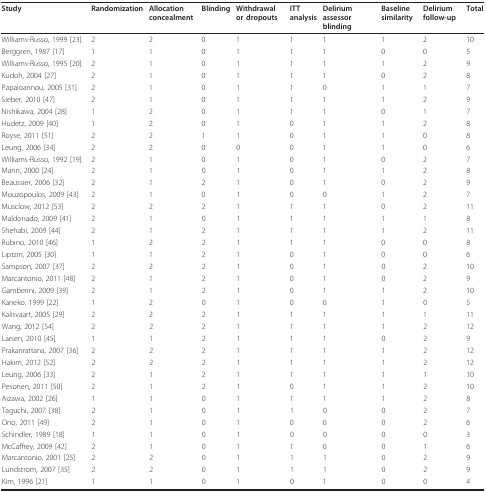
<table><thead><tr><td><b>Study</b></td><td><b>Randomization</b></td><td><b>Allocation concealment</b></td><td><b>Blinding</b></td><td><b>Withdrawal or dropouts</b></td><td><b>ITT analysis</b></td><td><b>Delirium assessor blinding</b></td><td><b>Baseline similarity</b></td><td><b>Delirium follow-up</b></td><td><b>Total</b></td></tr></thead><tbody><tr><td>Williams-Russo, 1999 [23]</td><td>2</td><td>2</td><td>0</td><td>1</td><td>1</td><td>1</td><td>1</td><td>2</td><td>10</td></tr><tr><td>Berggren, 1987 [17]</td><td>1</td><td>1</td><td>0</td><td>1</td><td>1</td><td>1</td><td>0</td><td>0</td><td>5</td></tr><tr><td>Williams-Russo, 1995 [20]</td><td>2</td><td>1</td><td>0</td><td>1</td><td>1</td><td>1</td><td>1</td><td>2</td><td>9</td></tr><tr><td>Kudoh, 2004 [27]</td><td>2</td><td>1</td><td>0</td><td>1</td><td>1</td><td>1</td><td>0</td><td>2</td><td>8</td></tr><tr><td>Papaioannou, 2005 [31]</td><td>2</td><td>1</td><td>0</td><td>1</td><td>1</td><td>0</td><td>1</td><td>1</td><td>7</td></tr><tr><td>Sieber, 2010 [47]</td><td>2</td><td>1</td><td>0</td><td>1</td><td>1</td><td>1</td><td>1</td><td>2</td><td>9</td></tr><tr><td>Nishikawa, 2004 [28]</td><td>1</td><td>2</td><td>0</td><td>1</td><td>1</td><td>1</td><td>0</td><td>1</td><td>7</td></tr><tr><td>Hudetz, 2009 [40]</td><td>1</td><td>2</td><td>0</td><td>1</td><td>0</td><td>1</td><td>1</td><td>2</td><td>8</td></tr><tr><td>Royse, 2011 [51]</td><td>2</td><td>2</td><td>1</td><td>1</td><td>0</td><td>1</td><td>1</td><td>0</td><td>8</td></tr><tr><td>Leung, 2006 [34]</td><td>2</td><td>2</td><td>0</td><td>0</td><td>0</td><td>1</td><td>1</td><td>0</td><td>6</td></tr><tr><td>Williams-Russo, 1992 [19]</td><td>2</td><td>1</td><td>0</td><td>1</td><td>0</td><td>1</td><td>0</td><td>2</td><td>7</td></tr><tr><td>Mann, 2000 [24]</td><td>2</td><td>1</td><td>0</td><td>1</td><td>0</td><td>1</td><td>1</td><td>2</td><td>8</td></tr><tr><td>Beaussier, 2006 [32]</td><td>2</td><td>1</td><td>2</td><td>1</td><td>0</td><td>1</td><td>0</td><td>2</td><td>9</td></tr><tr><td>Mouzopoulos, 2009 [43]</td><td>2</td><td>1</td><td>0</td><td>1</td><td>0</td><td>0</td><td>1</td><td>2</td><td>7</td></tr><tr><td>Musclow, 2012 [53]</td><td>2</td><td>2</td><td>2</td><td>1</td><td>1</td><td>1</td><td>0</td><td>2</td><td>11</td></tr><tr><td>Maldonado, 2009 [41]</td><td>2</td><td>1</td><td>0</td><td>1</td><td>1</td><td>1</td><td>1</td><td>1</td><td>8</td></tr><tr><td>Shehabi, 2009 [44]</td><td>2</td><td>1</td><td>2</td><td>1</td><td>1</td><td>1</td><td>1</td><td>2</td><td>11</td></tr><tr><td>Rubino, 2010 [46]</td><td>1</td><td>2</td><td>2</td><td>1</td><td>1</td><td>1</td><td>0</td><td>0</td><td>8</td></tr><tr><td>Liptzin, 2005 [30]</td><td>1</td><td>1</td><td>2</td><td>1</td><td>0</td><td>1</td><td>0</td><td>0</td><td>6</td></tr><tr><td>Sampson, 2007 [37]</td><td>2</td><td>2</td><td>2</td><td>1</td><td>0</td><td>1</td><td>0</td><td>2</td><td>10</td></tr><tr><td>Marcantonio, 2011 [48]</td><td>2</td><td>1</td><td>2</td><td>1</td><td>0</td><td>1</td><td>0</td><td>2</td><td>9</td></tr><tr><td>Gamberini, 2009 [39]</td><td>2</td><td>1</td><td>2</td><td>1</td><td>0</td><td>1</td><td>1</td><td>2</td><td>10</td></tr><tr><td>Kaneko, 1999 [22]</td><td>1</td><td>2</td><td>0</td><td>1</td><td>0</td><td>0</td><td>1</td><td>0</td><td>5</td></tr><tr><td>Kalisvaart, 2005 [29]</td><td>2</td><td>2</td><td>2</td><td>1</td><td>1</td><td>1</td><td>1</td><td>1</td><td>11</td></tr><tr><td>Wang, 2012 [54]</td><td>2</td><td>2</td><td>2</td><td>1</td><td>1</td><td>1</td><td>1</td><td>2</td><td>12</td></tr><tr><td>Larsen, 2010 [45]</td><td>1</td><td>1</td><td>2</td><td>1</td><td>1</td><td>1</td><td>0</td><td>2</td><td>9</td></tr><tr><td>Prakanrattana, 2007 [36]</td><td>2</td><td>2</td><td>2</td><td>1</td><td>1</td><td>1</td><td>1</td><td>2</td><td>12</td></tr><tr><td>Hakim, 2012 [52]</td><td>2</td><td>2</td><td>2</td><td>1</td><td>1</td><td>1</td><td>1</td><td>2</td><td>12</td></tr><tr><td>Leung, 2006 [33]</td><td>2</td><td>1</td><td>2</td><td>1</td><td>1</td><td>1</td><td>1</td><td>1</td><td>10</td></tr><tr><td>Pesonen, 2011 [50]</td><td>2</td><td>1</td><td>2</td><td>1</td><td>0</td><td>1</td><td>1</td><td>2</td><td>10</td></tr><tr><td>Aizawa, 2002 [26]</td><td>1</td><td>1</td><td>0</td><td>1</td><td>1</td><td>1</td><td>1</td><td>2</td><td>8</td></tr><tr><td>Taguchi, 2007 [38]</td><td>2</td><td>1</td><td>0</td><td>1</td><td>1</td><td>0</td><td>0</td><td>2</td><td>7</td></tr><tr><td>Ono, 2011 [49]</td><td>2</td><td>1</td><td>0</td><td>1</td><td>0</td><td>0</td><td>0</td><td>2</td><td>6</td></tr><tr><td>Schindler, 1989 [18]</td><td>1</td><td>1</td><td>0</td><td>1</td><td>0</td><td>0</td><td>0</td><td>0</td><td>3</td></tr><tr><td>McCaffrey, 2009 [42]</td><td>2</td><td>1</td><td>0</td><td>1</td><td>1</td><td>0</td><td>0</td><td>1</td><td>6</td></tr><tr><td>Marcantonio, 2001 [25]</td><td>2</td><td>2</td><td>0</td><td>1</td><td>1</td><td>1</td><td>0</td><td>2</td><td>9</td></tr><tr><td>Lundstrom, 2007 [35]</td><td>2</td><td>2</td><td>0</td><td>1</td><td>1</td><td>1</td><td>0</td><td>2</td><td>9</td></tr><tr><td>Kim, 1996 [21]</td><td>1</td><td>1</td><td>0</td><td>1</td><td>0</td><td>1</td><td>0</td><td>0</td><td>4</td></tr></tbody></table>